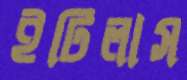
ইটিলাস